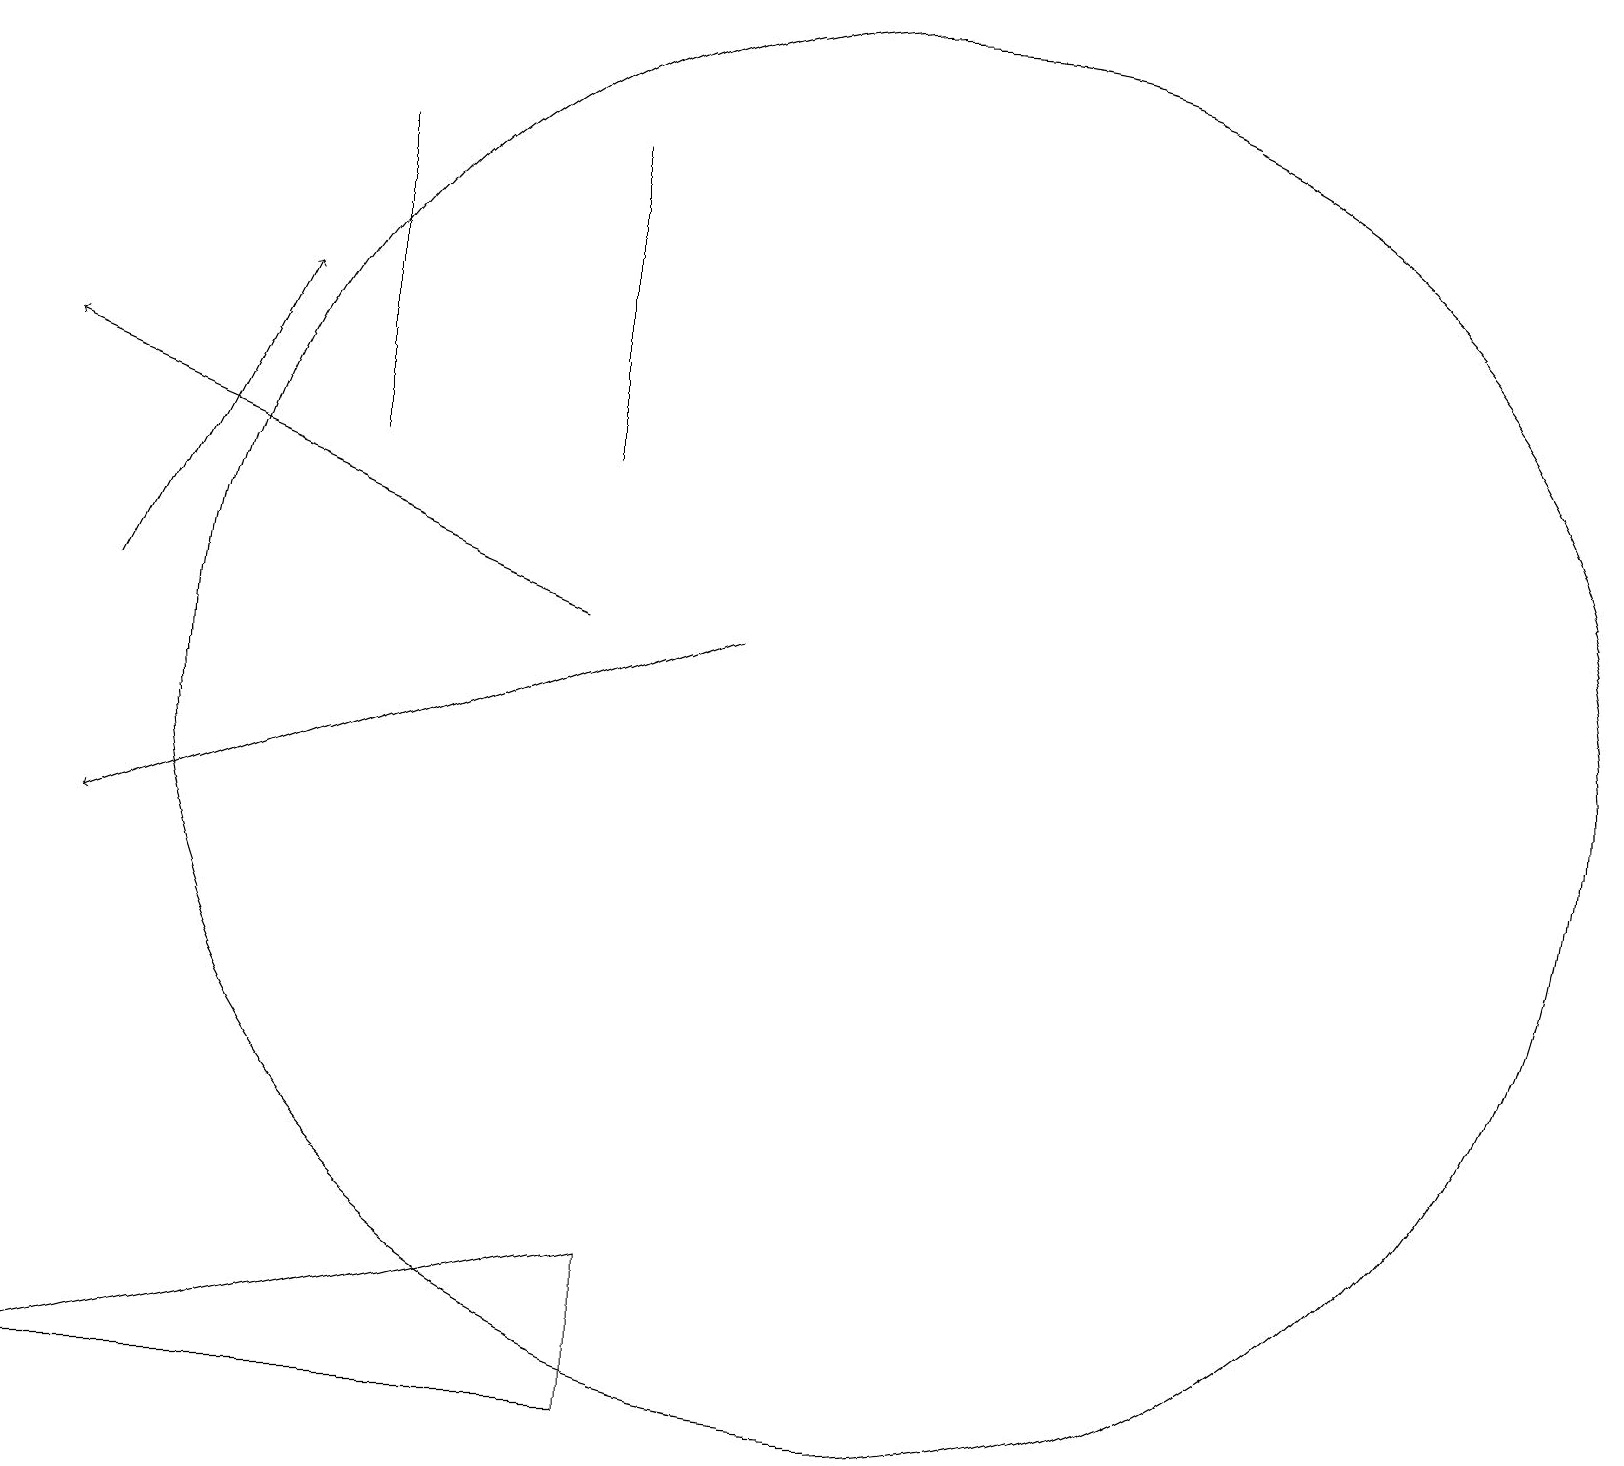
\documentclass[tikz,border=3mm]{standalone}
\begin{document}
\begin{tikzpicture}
\draw (11,12) circle (9);
\draw (4,15) rectangle (4,19);
\draw[->] (9,13) -- (1,10);
\draw[->] (7,13) -- (0,16);
\draw (7,15) rectangle (7,19);
\draw[->] (1,13) -- (3,17);
\draw (8,5) -- (8,3) -- (0,3) -- cycle;
\draw (5,3) -- (3,3) -- (7,3) -- cycle;
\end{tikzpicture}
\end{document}